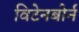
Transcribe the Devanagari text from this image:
विटेनबोर्न